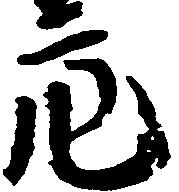
亮